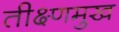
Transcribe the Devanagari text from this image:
तीक्ष्णमुख